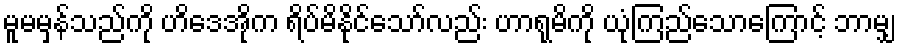
မူမမှန်သည်ကို ဟိဒေအိုက ရိပ်မိနိုင်သော်လည်း ဟာရုမိကို ယုံကြည်သောကြောင့် ဘာမျှ